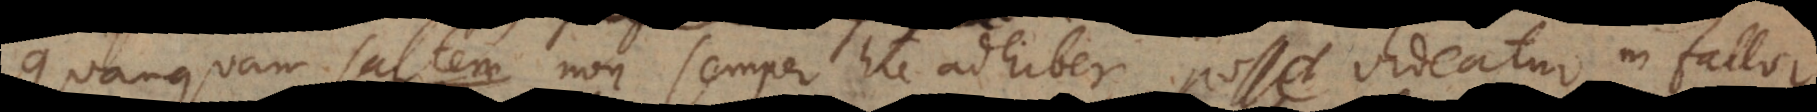
Quanquam saltem non semper hic adhiberi posse videatur ni fallor